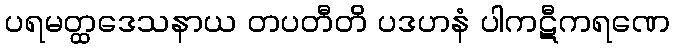
ပရမတ္ထဒေသနာယ တပတီတိ ပဒဟနံ ပါကဋီကရဏေ